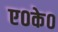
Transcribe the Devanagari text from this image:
ए०के०